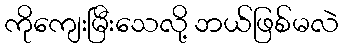
ကိုကျေးမြီးသေလို့ ဘယ်ဖြစ်မလဲ